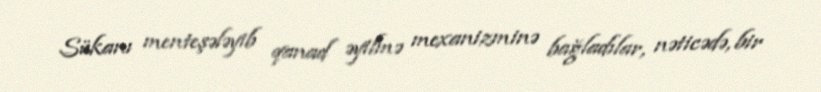
Sükanı menteşələyib qanad əyilmə mexanizminə bağladılar, nəticədə, bir